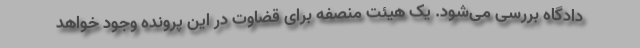
دادگاه بررسی می‌شود. یک هیئت منصفه برای قضاوت در این پرونده وجود خواهد